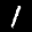
Label: 1